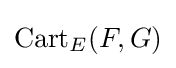
{\text{Cart}}_{E}(F,G)